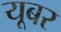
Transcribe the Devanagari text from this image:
यूबर